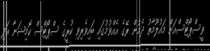
ވީސްޕޯޓްސްއަށް މައުލޫމާތު ދެމުން ރޭގެ އެއްވުމުގައި ބައިވެރިވި ކުރީގެ ސްޕޯޓްސް ކޮމިޝަނާ އަދި